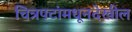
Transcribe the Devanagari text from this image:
चित्रपटांमधूनदेखील